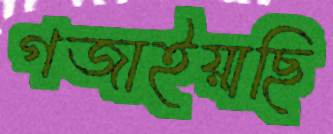
গজাইয়াছি